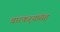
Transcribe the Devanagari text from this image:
वारकर्‍यांसह